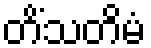
တိံသတိမံ